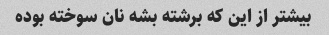
بیشتر از این که برشته بشه نان سوخته بوده